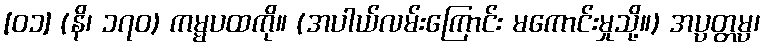
[၀၁] (နိ၊ ၁၇၀) ကမ္မပထကို။ (အပါယ်လမ်းကြောင်း မကောင်းမှုသို့။) အပ္ပတ္တမ္ပ၊